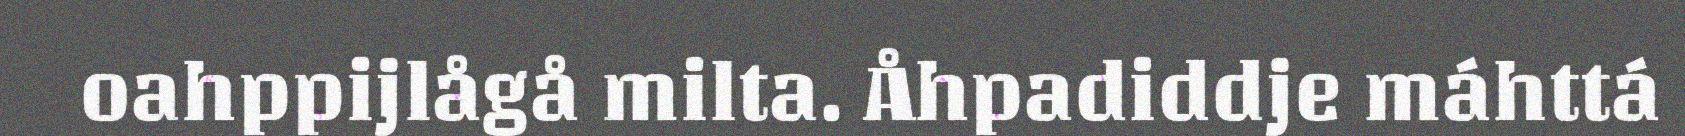
oahppijlågå milta. Åhpadiddje máhttá